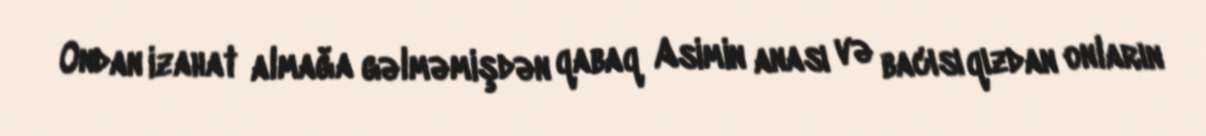
Ondan izahat almağa gəlməmişdən qabaq Asimin anası və bacısı qızdan onların